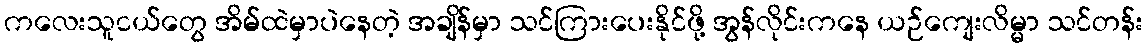
ကလေးသူငယ်တွေ အိမ်ထဲမှာပဲနေတဲ့ အချိန်မှာ သင်ကြားပေးနိုင်ဖို့ အွန်လိုင်းကနေ ယဉ်ကျေးလိမ္မာ သင်တန်း